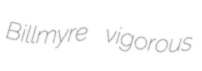
Billmyre vigorous